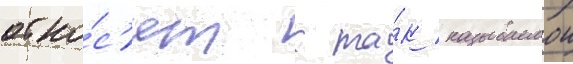
отно́с'ят к та́к называемои